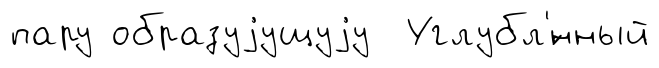
пару образуjущуjу Углубл'́нный